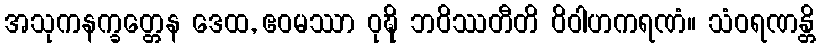
အသုကနက္ခတ္တေန ဒေထ, ဧဝမဿာ ဝုဍ္ဎိ ဘဝိဿတီတိ ဝိဝါဟကရဏံ။ သံဝရဏန္တိ